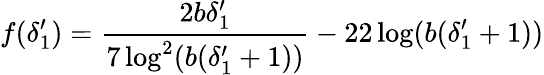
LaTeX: f(\delta_{1}^{\prime})=\frac{2b\delta_{1}^{\prime}}{7\log^{2}(b(\delta_{1}^{\prime}+1))}-22\log(b(\delta_{1}^{\prime}+1))